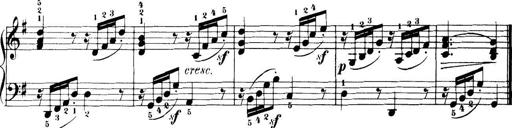
Title: 32 Sonatinas and Rondos for the Piano
Composer: Richard Kleinmichel